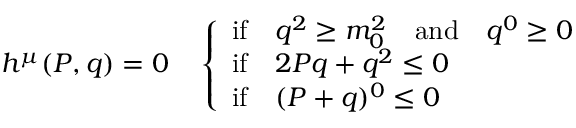
h ^ { \mu } ( P , q ) = 0 \quad \left\{ \begin{array} { l } { { \mathrm { i f } \quad q ^ { 2 } \geq m _ { 0 } ^ { 2 } \quad \mathrm { a n d } \quad q ^ { 0 } \geq 0 } } \\ { { \mathrm { i f } \quad 2 P q + q ^ { 2 } \leq 0 } } \\ { { \mathrm { i f } \quad ( P + q ) ^ { 0 } \leq 0 } } \end{array} \right. \,